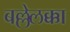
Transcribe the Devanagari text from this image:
बल्लेलक्का